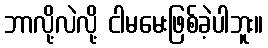
ဘာလို့လဲလို့ ငါမမေးဖြစ်ခဲ့ပါဘူး။